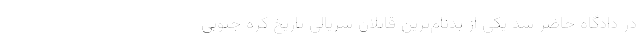
در دادگاه حاضر شد یکی از بدنام‌ترین قاتلان سریالی تاریخ کره جنوبی